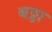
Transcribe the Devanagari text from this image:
बठ्ठा